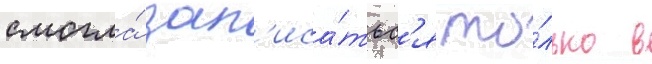
смогла́ зап'иса́тьс'я то́лько в